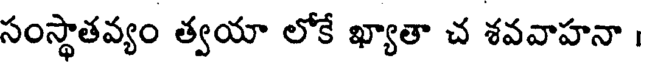
సంస్థాతవ్యం త్వయా లోకే ఖ్యాతా చ శవవాహనా